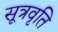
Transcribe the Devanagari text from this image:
सूत्रवृति